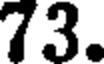
73.